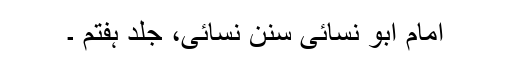
امام ابو نسائی سنن نسائی، جلد ہفتم ۔